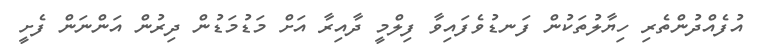
އުފެއްދުންތެރި ހިޔާލުތަކުން ފަނޑުވެފައިވާ ފިލްމީ ދާއިރާ އަށް މަޑުމަޑުން ދިރުން އަންނަން ފެށީ